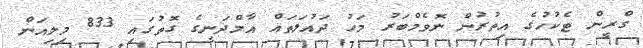
ގްރީން ޓެކުހުގެ އިތުރުން ނޮވެމްބަރު މަހު ދައުލަތައް އާމްދަނީގެ ގޮތުގައި 833 މިލިއަން